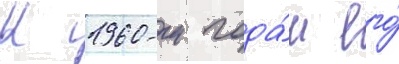
К 1960-м года́м его́